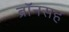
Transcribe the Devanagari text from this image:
ब्रॉनसह